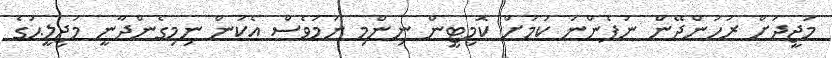
މަޖީދަށް ރުހުންދޭން ނުފެންނަ ކަމަށް ކޮމިޓީން ނިންމި ނަމަވެސް އެކަން ނިމިގެންދާނީ މަޖިލީޙުގެ